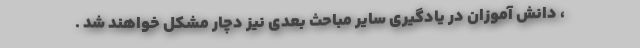
، دانش آموزان در یادگیری سایر مباحث بعدی نیز دچار مشکل خواهند شد .